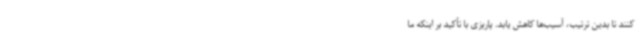
کنند تا بدین ترتیب، آسیب‌ها کاهش یابد. پاریزی با تأکید بر اینکه ما